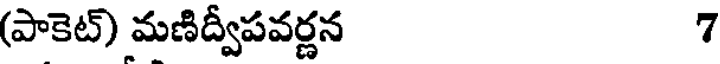
(పాకెట్) మణిద్వీపవర్ణన 7